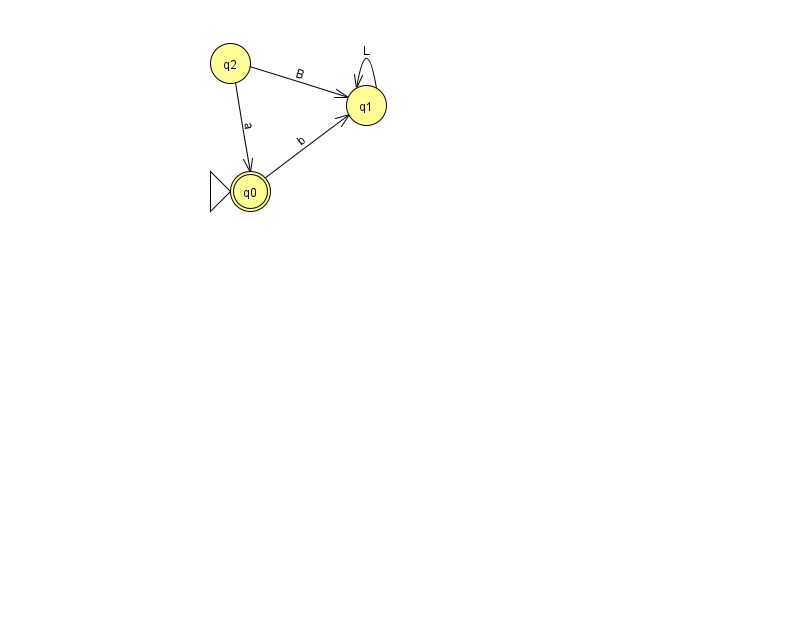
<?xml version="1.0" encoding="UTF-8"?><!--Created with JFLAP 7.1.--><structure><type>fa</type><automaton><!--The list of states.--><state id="0" name="q0"><x>250.0</x><y>178.0</y><initial/><final/></state><state id="1" name="q1"><x>366.0</x><y>92.0</y></state><state id="2" name="q2"><x>230.0</x><y>50.0</y></state><!--The list of transitions.--><transition><from>0</from><to>1</to><read>b</read></transition><transition><from>2</from><to>0</to><read>a</read></transition><transition><from>1</from><to>1</to><read>L</read></transition><transition><from>2</from><to>1</to><read>B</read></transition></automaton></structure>